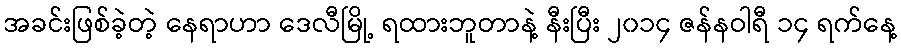
အခင်းဖြစ်ခဲ့တဲ့ နေရာဟာ ဒေလီမြို့ ရထားဘူတာနဲ့ နီးပြီး ၂၀၁၄ ဇန်နဝါရီ ၁၄ ရက်နေ့